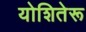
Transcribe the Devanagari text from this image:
योशितेरू